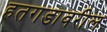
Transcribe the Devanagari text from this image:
हतगडावरील